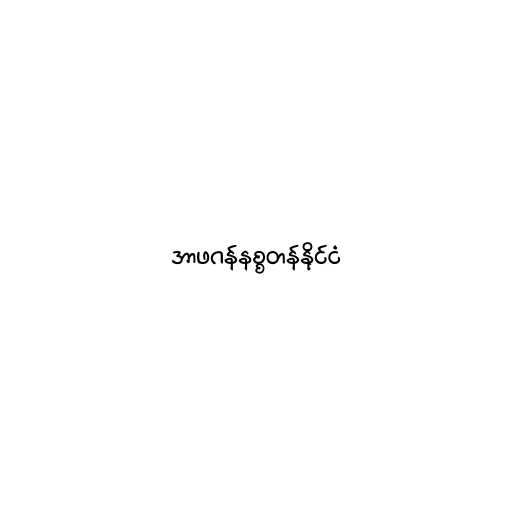
အာဖဂန်နစ္စတန်နိုင်ငံ